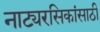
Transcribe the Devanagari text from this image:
नाट्यरसिकांसाठी